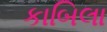
કાબિલા